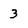
Character: 3